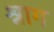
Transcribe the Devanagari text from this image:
श्राग